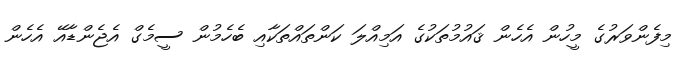
މިފެންވަރުގެ މީހުން އެހެން ޤައުމުތަކުގެ އަމިއްލަ ކަންތައްތަކާއި ބެހެމުން ސީމެގް އެޖެންޑާއޭ އެހެން